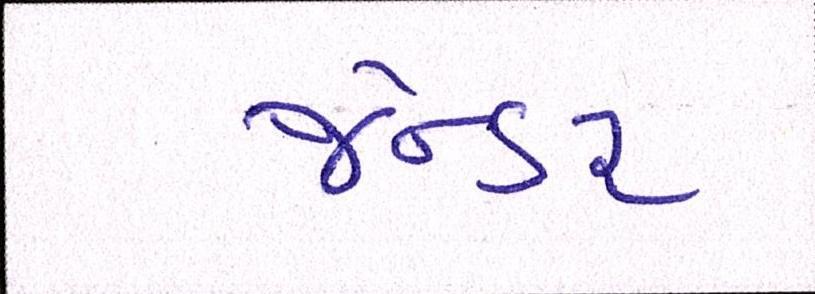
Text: જેન્ડર